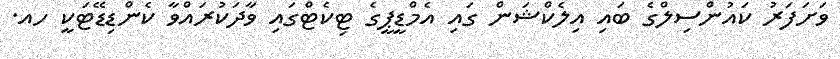
ވަށަފަރު ކައުންސިލްގެ ބައި އިލެކްޝަން ގައި އެމްޑީޕީގެ ޓިކެޓްގައި ވާދަކުރައްވާ ކެންޑިޑޭޓަކީ ހއ.